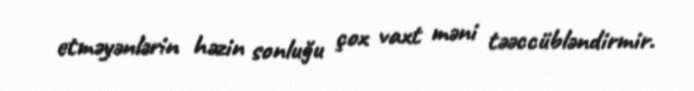
etməyənlərin həzin sonluğu çox vaxt məni təəccübləndirmir.